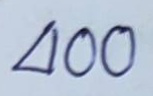
400